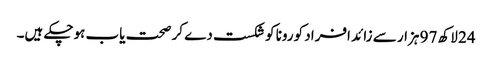
24 لاکھ 97 ہزار سے زائد افراد کورونا کو شکست دے کر صحت یاب ہوچکے ہیں۔